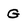
Character: G